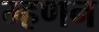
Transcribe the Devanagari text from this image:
म्हणन